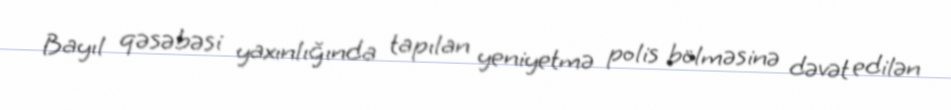
Bayıl qəsəbəsi yaxınlığında tapılan yeniyetmə polis bölməsinə dəvət edilən